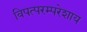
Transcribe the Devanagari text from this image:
विपत्परम्परेशाय